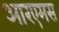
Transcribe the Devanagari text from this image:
आरएमस